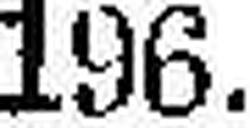
196.—